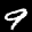
Label: 9